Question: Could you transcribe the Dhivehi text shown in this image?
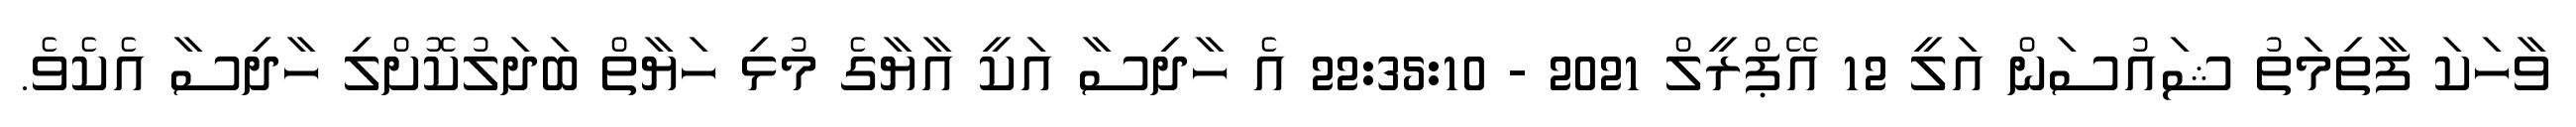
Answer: ވާހަކަ ފާތިމަތު ޝައުސަން އަލީ 12 އޭޕްރީލް 2021 - 22:35:10 އެ ހާދިސާ އަކީ އާޔާގެ މުޅި ހަޔާތް ބަދަލުކޮށްލި ހާދިސާ އެކެވެ.